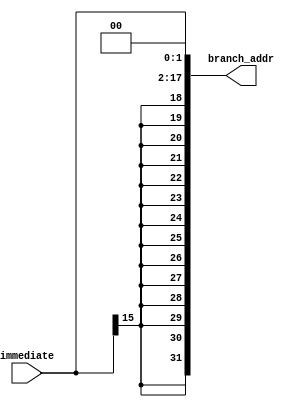
module branchAddress (
	output reg [31:0] branch_addr,
	input [15:0] immediate
);
    reg [31:0] extension;
    reg [31:0] branchAddr;
    
    always @* begin
        extension <= {14{immediate[15]}};
        branch_addr <= {extension,immediate, 2'b0};
    end

endmodule